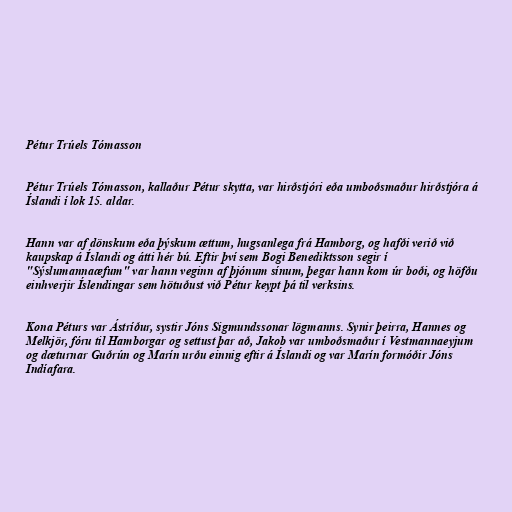
Pétur Trúels Tómasson

Pétur Trúels Tómasson, kallaður Pétur skytta, var hirðstjóri eða umboðsmaður hirðstjóra á
Íslandi í lok 15. aldar.

Hann var af dönskum eða þýskum ættum, hugsanlega frá Hamborg, og hafði verið við
kaupskap á Íslandi og átti hér bú. Eftir því sem Bogi Benediktsson segir í
"Sýslumannaæfum" var hann veginn af þjónum sínum, þegar hann kom úr boði, og höfðu
einhverjir Íslendingar sem hötuðust við Pétur keypt þá til verksins.

Kona Péturs var Ástríður, systir Jóns Sigmundssonar lögmanns. Synir þeirra, Hannes og
Melkjör, fóru til Hamborgar og settust þar að, Jakob var umboðsmaður í Vestmannaeyjum
og dæturnar Guðrún og Marín urðu einnig eftir á Íslandi og var Marín formóðir Jóns
Indíafara.